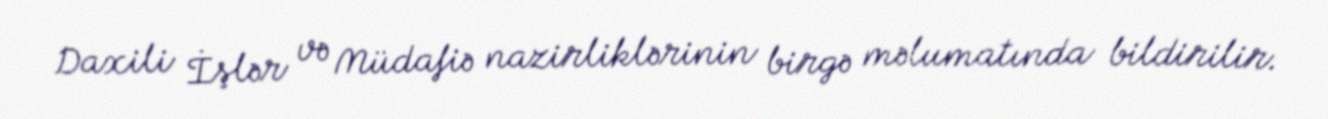
Daxili İşlər və Müdafiə nazirliklərinin birgə məlumatında bildirilir.